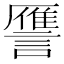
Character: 𮘻